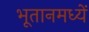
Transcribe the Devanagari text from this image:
भूतानमध्यें